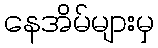
နေအိမ်များမှ